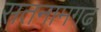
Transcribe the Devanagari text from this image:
सतनामगढ़